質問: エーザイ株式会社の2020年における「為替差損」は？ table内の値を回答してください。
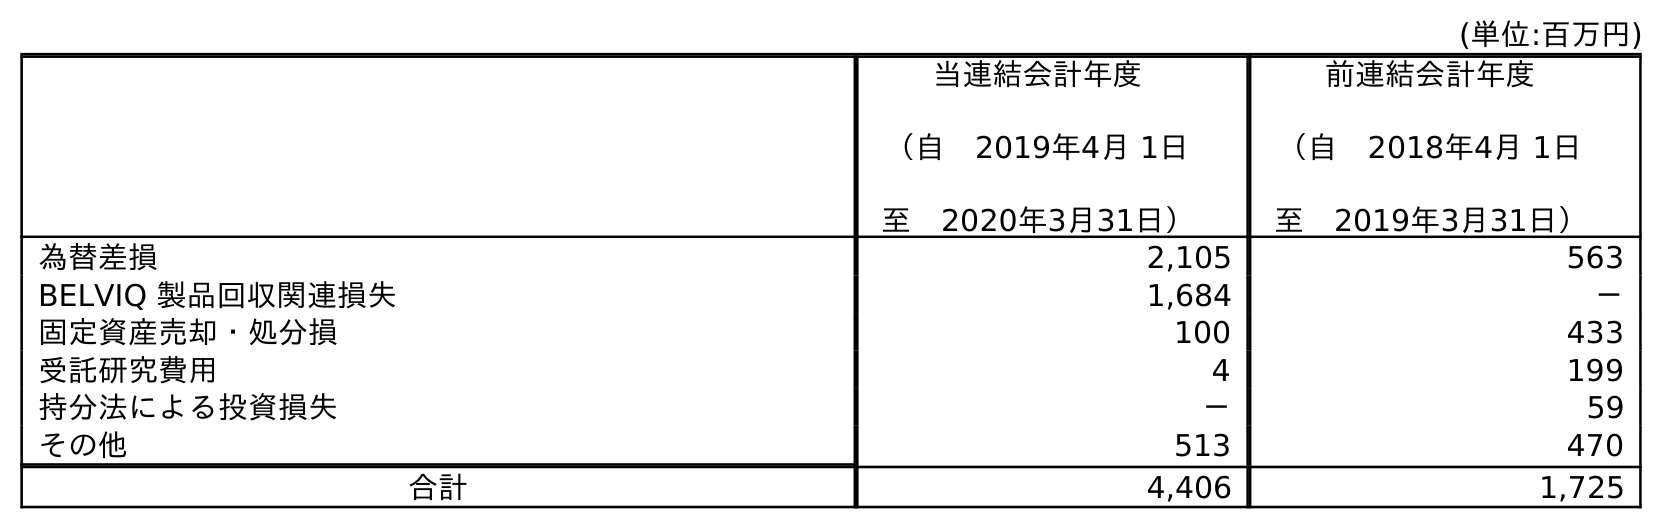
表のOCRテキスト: (単位:百万円) 当連結会計年度 （自 2019年4月 1日 至 2020年3月31日） 前連結会計年度 （自 2018年4月 1日 至 2019年3月31日） 為替差損 2,105 563 BELVIQ 製品回収関連損失 1,684 － 固定資産売却・処分損 100 433 受託研究費用 4 199 持分法による投資損失 － 59 その他 513 470 合計 4,406 1,725
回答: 2,105